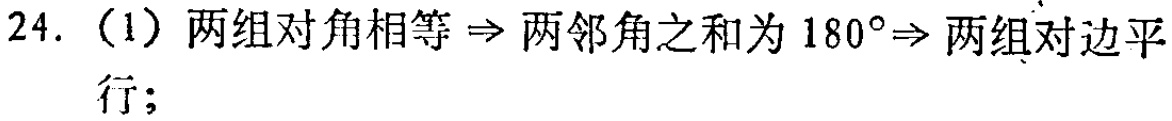
24.（1）两组对角相等$\Rightarrow$两邻角之和为$180^{\circ}\Rightarrow$两组对边平行；